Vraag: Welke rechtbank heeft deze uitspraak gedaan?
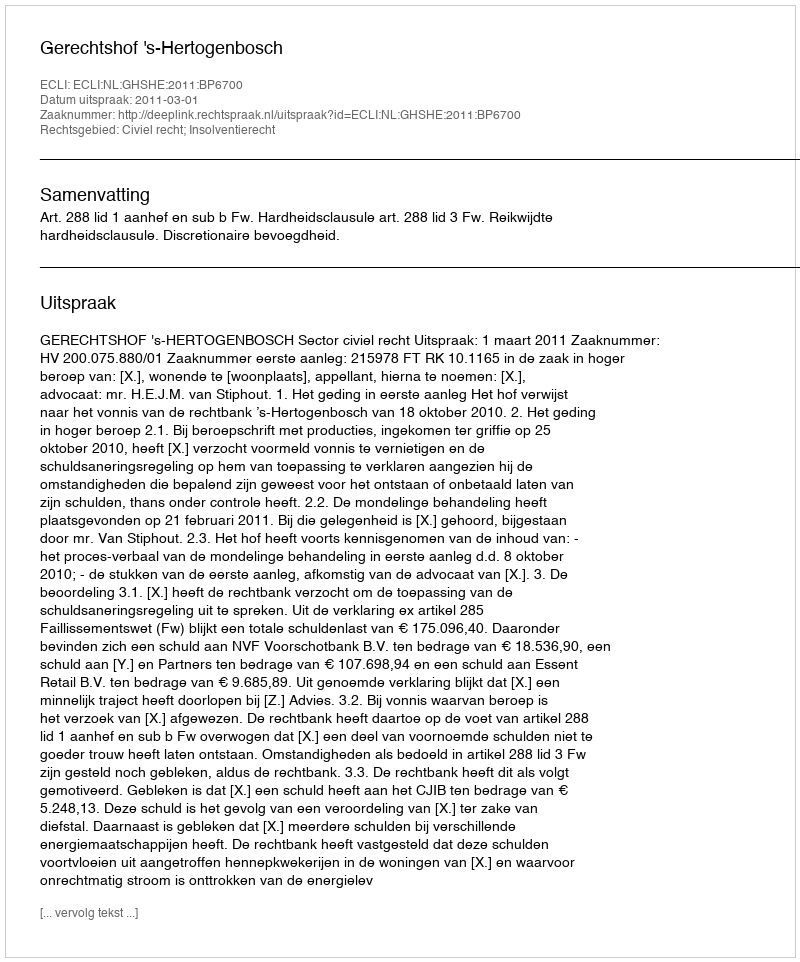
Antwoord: Gerechtshof 's-Hertogenbosch